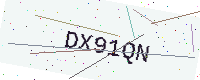
Text: DX91QN